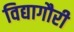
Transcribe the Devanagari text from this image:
विद्यागौरी